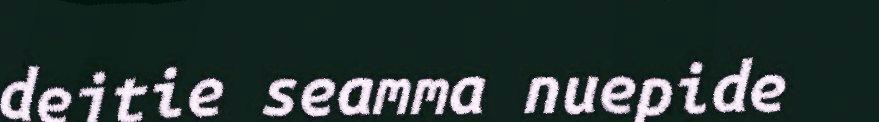
dejtie seamma nuepide